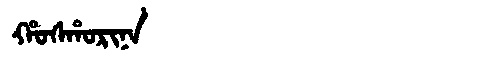
Manchu: ᡥᠣᠰᡥᠣᡵᡳᠨᠠ
Romanization: HOSHORINA